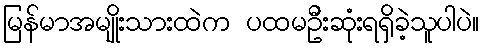
မြန်မာအမျိုးသားထဲက ပထမဦးဆုံးရရှိခဲ့သူပါပဲ။